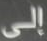
إلى